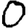
Digit: 0